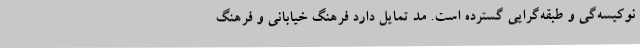
نوکیسه‌گی و طبقه‌گرایی گسترده است. مد تمایل دارد فرهنگ خیابانی و فرهنگ